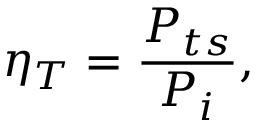
\eta _ { T } = \frac { P _ { t s } } { P _ { i } } ,